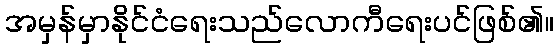
အမှန်မှာနိုင်ငံရေးသည်လောကီရေးပင်ဖြစ်၏။